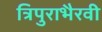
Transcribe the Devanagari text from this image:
त्रिपुराभैरवी